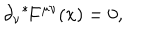
\partial _ { \nu } { } ^ { * } \! F ^ { \mu \nu } ( x ) = 0 ,